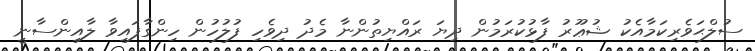
ސުލްޙަވެރިކަމާއެކު ޝުޢޫރު ފާޅުކުރަމުން ދިޔަ ރައްޔިތުންނާ މެދު ދިވެހި ފުލުހުން ހިންގާފައިވާ ލާއިންސާނީ